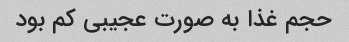
حجم غذا به صورت عجیبی کم بود